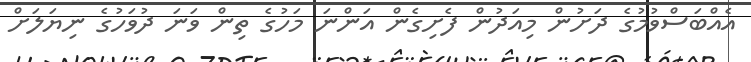
އެއްބަސްވުމުގެ ދަށުން މިއަދުން ފެށިގެން އަންނަ މަހުގެ ތިން ވަނަ ދުވަހުގެ ނިޔަލަށް